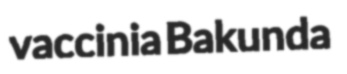
vaccinia Bakunda